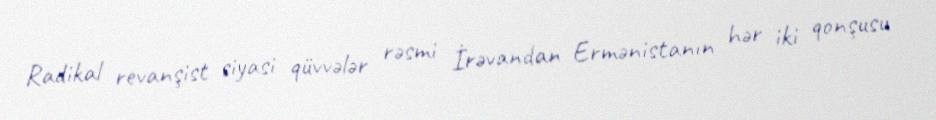
Radikal revanşist siyasi qüvvələr rəsmi İrəvandan Ermənistanın hər iki qonşusu